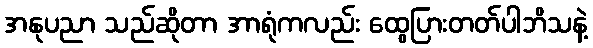
အနုပညာ သည်ဆိုတာ အာရုံကလည်း ထွေပြားတတ်ပါဘိသနဲ့